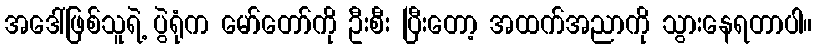
အဒေါ်ဖြစ်သူရဲ့ ပွဲရုံက မော်တော်ကို ဦးစီး ပြီးတော့ အထက်အညာကို သွားနေရတာပါ။